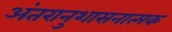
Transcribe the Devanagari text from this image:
अंतरानुशासनात्मक